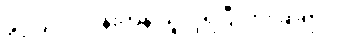
ခွင့်ပြုပါ။ ပန်းကန် ယူလို့ရပြီလား ဆရာ။